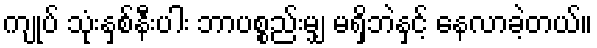
ကျုပ် သုံးနှစ်နီးပါး ဘာပစ္စည်းမျှ မရှိဘဲနှင့် နေလာခဲ့တယ်။